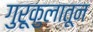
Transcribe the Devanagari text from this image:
गुरूकुलातून